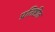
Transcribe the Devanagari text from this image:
प्रतिष्टीत